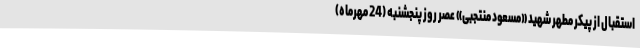
استقبال از پیکر مطهر شهید «مسعود منتجبی» عصر روز پنجشنبه (24 مهرماه)